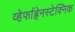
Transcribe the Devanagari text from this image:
व्हेर्फाह्रेनस्टेक्निक